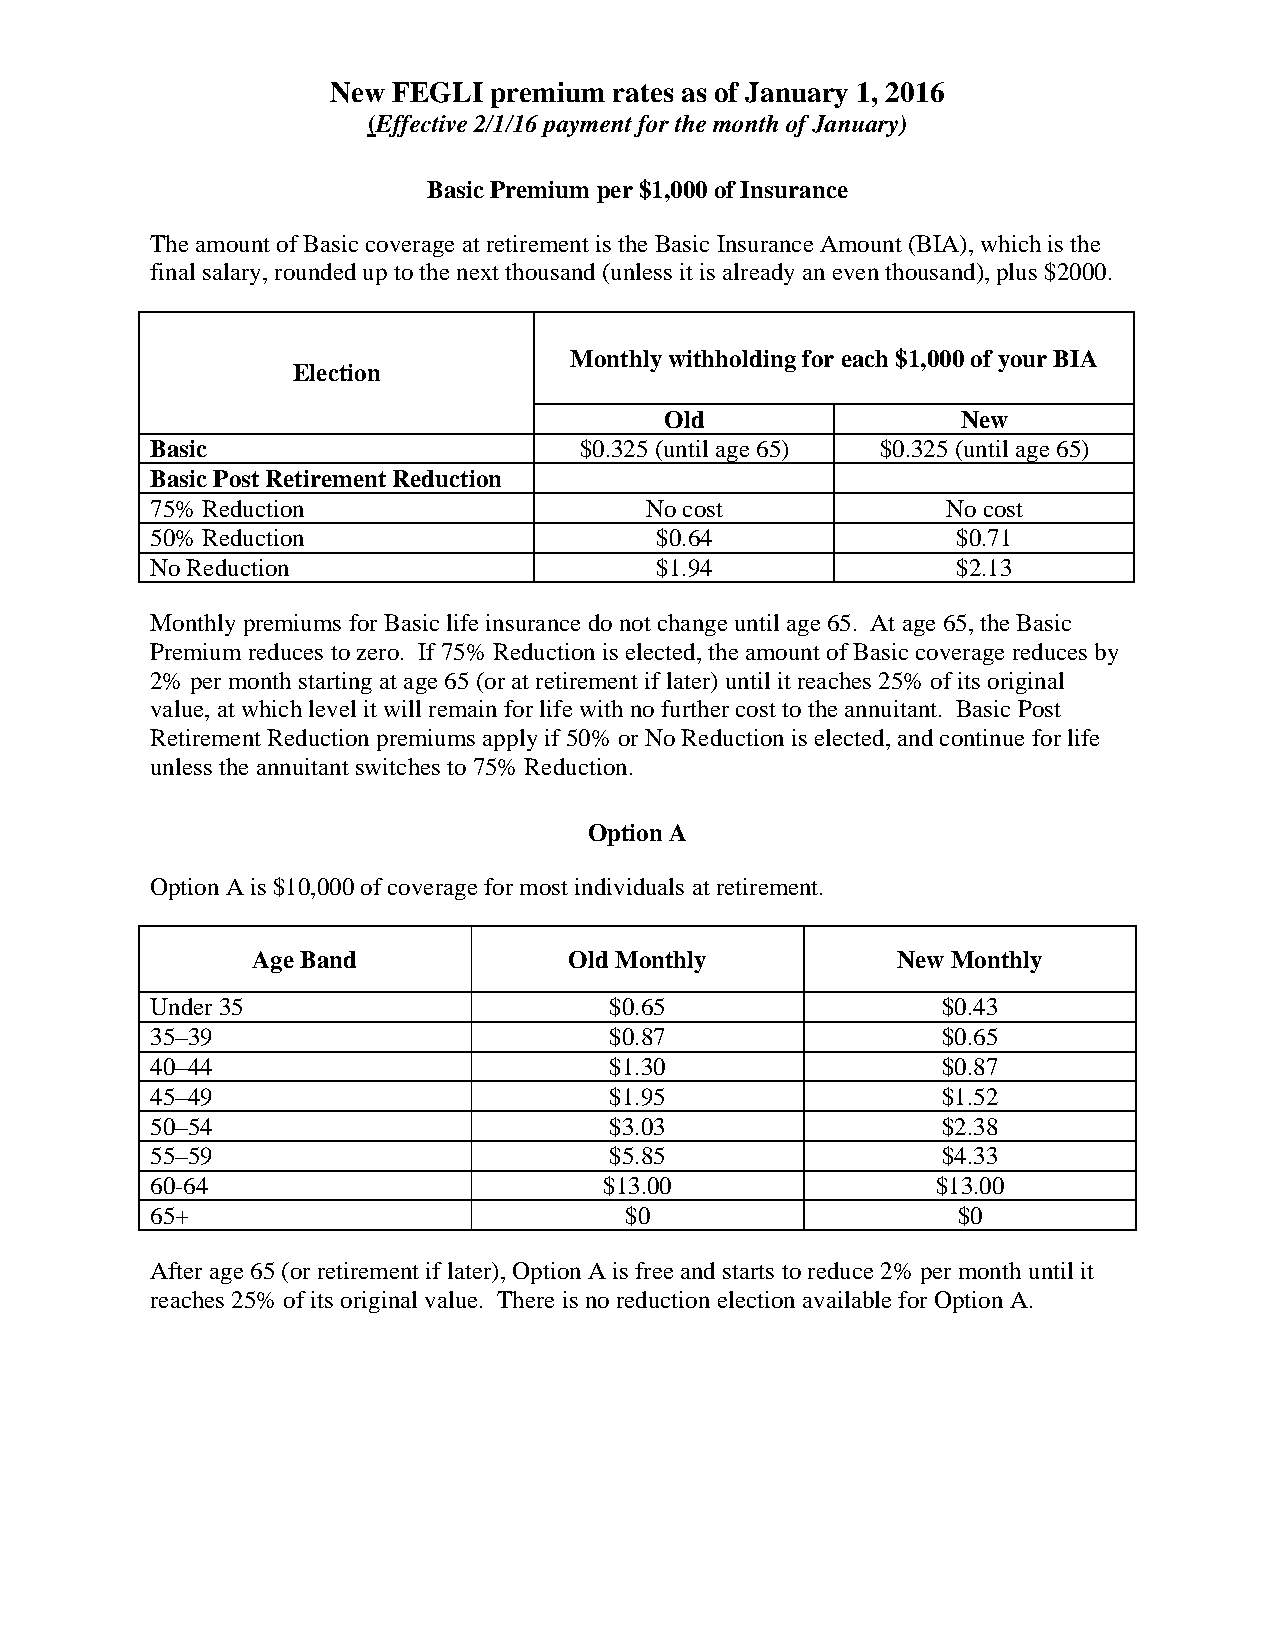
New FEGLI premium  rates as of January 1, 2016
 (Effective 2/1/16 payment for the month of January)
 Basic Premium per $1,000 of Insurance
 The amount of Basic coverage at retirement is the Basic Insurance Amount (BIA), which is the
 final salary, rounded up to the next thousand (unless it is already an even thousand), plus $2000.
 Monthly withholding for each $1,000 of your BIA
 Election
 Old                 New
 Basic                       $0.325 (until age 65) $0.325 (until age 65)
 Basic Post Retirement Reduction
 75% Reduction                    No cost             No cost
 50% Reduction                    $0.64               $0.71
 No Reduction                     $1.94               $2.13
 Monthly premiums for Basic life insurance do not change until age 65. At age 65, the Basic
 Premium reduces to zero. If 75% Reduction is elected, the amount of Basic coverage reduces by
 2% per month starting at age 65 (or at retirement if later) until it reaches 25% of its original
 value, at which level it will remain for life with no further cost to the annuitant. Basic Post
 Retirement Reduction premiums apply if 50% or No Reduction is elected, and continue for life
 unless the annuitant switches to 75% Reduction.
 Option A
 Option A is $10,000 of coverage for most individuals at retirement.
 Age Band             Old Monthly          New Monthly
 Under 35                      $0.65                 $0.43
 35–39                         $0.87                 $0.65
 40–44                         $1.30                 $0.87
 45–49                         $1.95                 $1.52
 50–54                         $3.03                 $2.38
 55–59                         $5.85                 $4.33
 60-64                         $13.00                $13.00
 65+                            $0                    $0
 After age 65 (or retirement if later), Option A is free and starts to reduce 2% per month until it
 reaches 25% of its original value. There is no reduction election available for Option A.